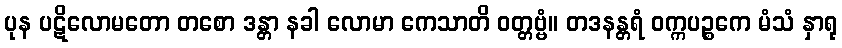
ပုန ပဋိလောမတော တစော ဒန္တာ နခါ လောမာ ကေသာတိ ဝတ္တဗ္ဗံ။ တဒနန္တရံ ဝက္ကပဉ္စကေ မံသံ နှာရု